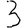
Digit: 3